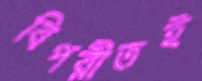
বিপরীতই